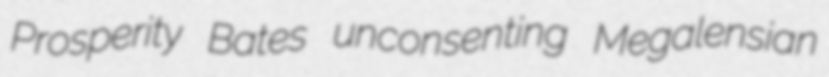
Prosperity Bates unconsenting Megalensian